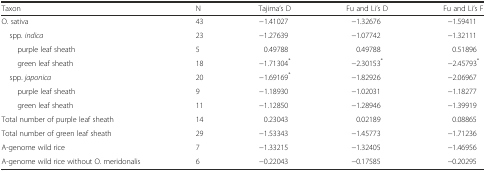
| Taxon | N | Tajima’s D | Fu and Li’s D | Fu and Li’s F |
 | --- | --- | --- | --- | --- |
 | O. sativa | 43 | −1.41027 | −1.32676 | −1.59411 |
 | spp. indica | 23 | −1.27639 | −1.07742 | −1.32111 |
 | purple leaf sheath | 5 | 0.49788 | 0.49788 | 0.51896 |
 | green leaf sheath | 18 | −1.71304* | −2.30153* | −2.45793* |
 | spp. japonica | 20 | −1.69169* | −1.82926 | −2.06967 |
 | purple leaf sheath | 9 | −1.18930 | −1.02031 | −1.18277 |
 | green leaf sheath | 11 | −1.12850 | −1.28946 | −1.39919 |
 | Total number of purple leaf sheath | 14 | 0.23043 | 0.02189 | 0.08865 |
 | Total number of green leaf sheath | 29 | −1.53343 | −1.45773 | −1.71236 |
 | A-genome wild rice | 7 | −1.33215 | −1.32405 | −1.46956 |
 | A-genome wild rice without O. meridonalis | 6 | −0.22043 | −0.17585 | −0.20295 |